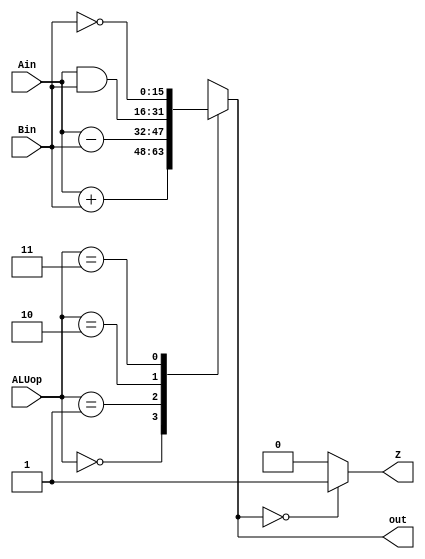
module ALU(Ain, Bin, ALUop, out, Z);
 input [15:0] Ain, Bin;
 input [1:0] ALUop;
 output [15:0] out;
 output Z;

 reg Z;
 reg [15:0] out;

//Assign out based on the desired operation
 always@(*) begin
  case(ALUop)
  2'b00: out = Ain + Bin; //Add Ain and Bin
  2'b01: out = Ain - Bin; //Subtract Bin from Ain
  2'b10: out = Ain & Bin; //Ain ANDed with Bin
  2'b11: out = ~Bin; //NOT Bin

  default: out = 16'bx; //Default case for debugging
  endcase

  Z = (out == 16'b0) ? 1 : 0; //If output is all 0, Z is 1. Otherwise Z is 0.

end
endmodule